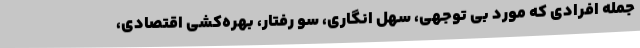
جمله افرادی که مورد بی توجهی، سهل انگاری، سو رفتار، بهره‌کشی اقتصادی،